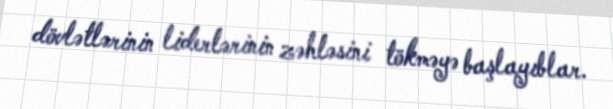
dövlətlərinin liderlərinin zəhləsini tökməyə başlayıblar.